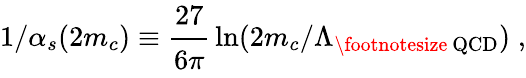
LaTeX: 1/\alpha_{s}(2m_{c})\equiv{\displaystyle\cfrac{27}{6\pi}}\ln(2m_{c}/\Lambda_{\mathrm{{\footnotesize~QCD}}})\; ,